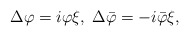
\begin{align*}\Delta \varphi =i\varphi \xi ,\;\Delta \bar{\varphi}=-i\bar{\varphi}\xi ,\end{align*}